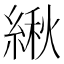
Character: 䋺